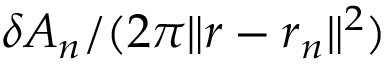
\delta A _ { n } / ( 2 \pi \lVert \boldsymbol { r } - \boldsymbol { r } _ { n } \rVert ^ { 2 } )